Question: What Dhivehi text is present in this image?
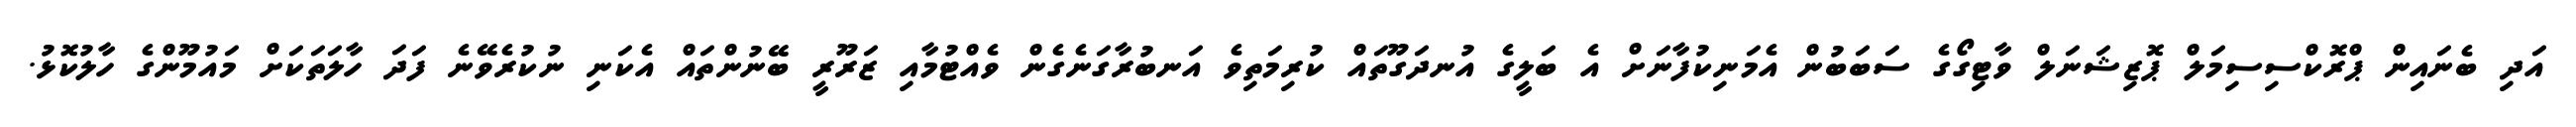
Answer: އަދި ބެނައިން ޕްރޮކްސިސިމަލް ޕޮޒިޝަނަލް ވާޓިގޯގެ ސަބަބުން އެމަނިކުފާނަށް އެ ބަލީގެ އުނދަގޫތައް ކުރިމަތިވެ އަނބުރާގަނެގެން ވެއްޓުމާއި ޒަރޫރީ ބޭނުންތައް އެކަނި ނުކުރެވޭނެ ފަދަ ހާލަތަކަށް މައުމޫންގެ ހާލުކޮޅު.